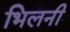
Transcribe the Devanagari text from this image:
भिलनी